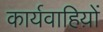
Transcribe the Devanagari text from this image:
कार्यवाहिय़ों